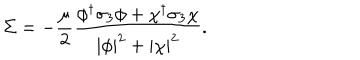
\Sigma = - { \frac { \mu } { 2 } } { \frac { \phi ^ { \dagger } \sigma _ { 3 } \phi + \chi ^ { \dagger } \sigma _ { 3 } \chi } { | \phi | ^ { 2 } + | \chi | ^ { 2 } } } .